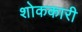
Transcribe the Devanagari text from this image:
शोककारी